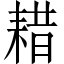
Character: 耤